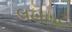
લખખૂટ